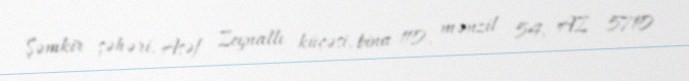
Şəmkir şəhəri, Asəf Zeynallı küçəsi, bina 110, mənzil 54, AZ 5710